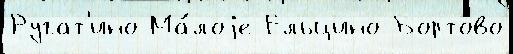
Ругат'ино Ма́лоjе Ельцино Бортово